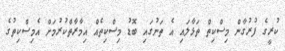
ކުރީގެ ފުރުގާން މިސްކިތް ތަޅާލައި އެ ތަނުގައި ބޮޑު މިސްކިތެއް އިމާރާތްކުރުމަށް އެމިސްކިތުގެ